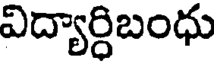
విద్యార్ధిబంధు